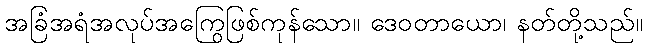
အခြံအရံအလုပ်အကြွေဖြစ်ကုန်သော။ ဒေဝတာယော၊ နတ်တို့သည်။